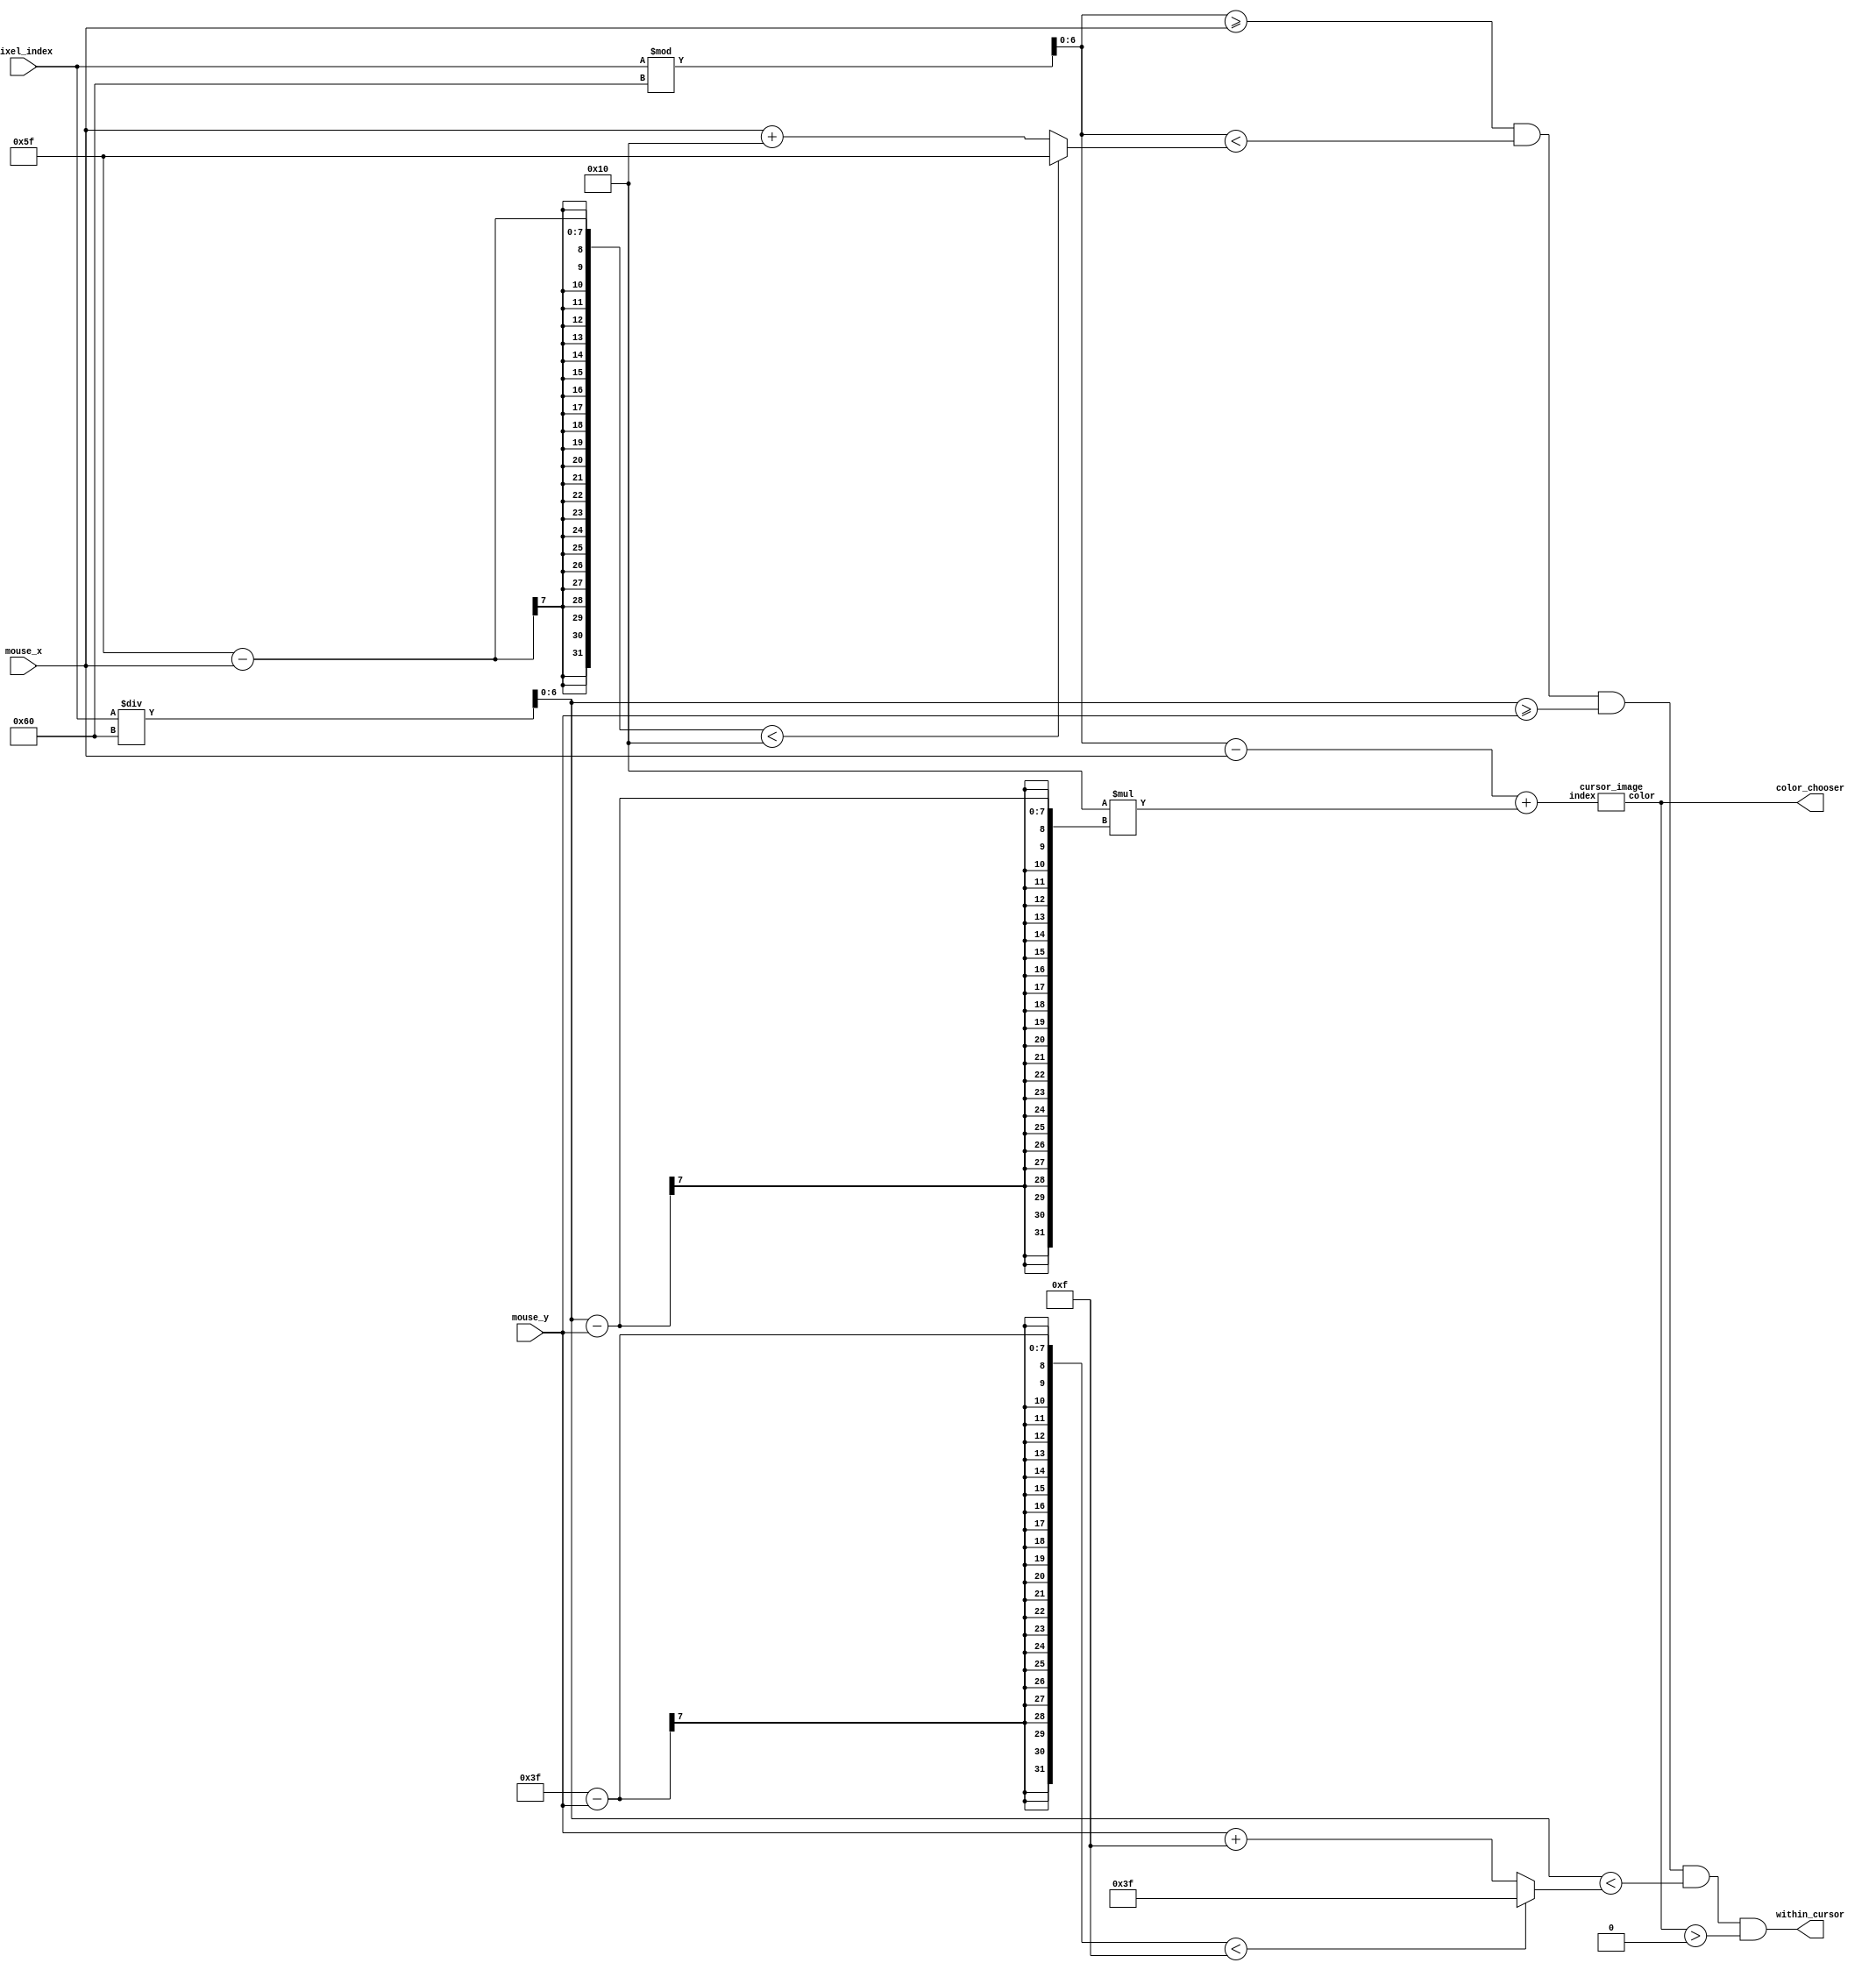
`timescale 1ns / 1ps
//////////////////////////////////////////////////////////////////////////////////
// Company: 
// Engineer: 
// 
// Design Name: 
// Module Name: cursor
// Project Name: 
// Target Devices: 
// Tool Versions: 
// Description: 
// 
// Dependencies: 
// 
// Revision:
// Revision 0.01 - File Created
// Additional Comments:
// 
//////////////////////////////////////////////////////////////////////////////////


module check_draw_cursor(
    input [6:0] mouse_x, mouse_y,
    input [12:0] pixel_index,
    output within_cursor,
    output [15:0] color_chooser
);
    
    wire [6:0] pixel_x, pixel_y;
    assign pixel_x = pixel_index % 96;
    assign pixel_y = pixel_index / 96;
    
    wire [6:0] max_x, max_y;
    assign max_x = (95 - mouse_x < 16) ? 95 : mouse_x + 16;
    assign max_y = (63 - mouse_y < 15) ? 63 : mouse_y + 15;
    
    wire [7:0] cursor_pixel_index;
    assign cursor_pixel_index = (pixel_x - mouse_x) + 16 * (pixel_y - mouse_y);
    cursor_image cur_img(.index(cursor_pixel_index), .color(color_chooser));
    
    assign within_cursor = pixel_x >= mouse_x && pixel_x < max_x && 
        pixel_y >= mouse_y && pixel_y < max_y && color_chooser > 0; 

endmodule

module cursor_image(
    input [7:0] index,
    output [15:0] color
);
    wire [15:0] cursor [239:0];
    assign color = index < 240 ? cursor[index] : 0;
    
    assign cursor[0] = 16'b00000_000000_00000;
    assign cursor[1] = 16'b00010_000100_00010;
    assign cursor[2] = 16'b00010_000100_00010;
    assign cursor[3] = 16'b00000_000000_00000;
    assign cursor[4] = 16'b00000_000000_00000;
    assign cursor[5] = 16'b00000_000000_00000;
    assign cursor[6] = 16'b00000_000000_00000;
    assign cursor[7] = 16'b00000_000000_00000;
    assign cursor[8] = 16'b00010_000100_00010;
    assign cursor[9] = 16'b00010_000100_00010;
    assign cursor[10] = 16'b00010_000100_00010;
    assign cursor[11] = 16'b00000_000000_00000;
    assign cursor[12] = 16'b00000_000000_00000;
    assign cursor[13] = 16'b00000_000000_00000;
    assign cursor[14] = 16'b00000_000000_00000;
    assign cursor[15] = 16'b00000_000000_00000;
    
    assign cursor[16] = 16'b00010_000100_00010;
    assign cursor[17] = 16'b11010_110100_11010;
    assign cursor[18] = 16'b11100_111000_11100;
    assign cursor[19] = 16'b00101_001001_00101;
    assign cursor[20] = 16'b00000_000000_00000;
    assign cursor[21] = 16'b00000_000000_00000;
    assign cursor[22] = 16'b00010_000100_00010;
    assign cursor[23] = 16'b00011_000110_00011;
    assign cursor[24] = 16'b10011_100110_10011;
    assign cursor[25] = 16'b11100_111000_11100;
    assign cursor[26] = 16'b11011_110110_11011;
    assign cursor[27] = 16'b00100_001000_00100;
    assign cursor[28] = 16'b00000_000000_00000;
    assign cursor[29] = 16'b00000_000000_00000;
    assign cursor[30] = 16'b00000_000000_00000;
    assign cursor[31] = 16'b00000_000000_00000;
    
    assign cursor[32] = 16'b00010_000100_00010;
    assign cursor[33] = 16'b11110_111011_11110;
    assign cursor[34] = 16'b11111_111111_11111;
    assign cursor[35] = 16'b11100_111000_11100;
    assign cursor[36] = 16'b00101_001001_00101;
    assign cursor[37] = 16'b00010_000100_00010;
    assign cursor[38] = 16'b10100_101000_10100;
    assign cursor[39] = 16'b11011_110110_11011;
    assign cursor[40] = 16'b01000_001111_01000;
    assign cursor[41] = 16'b11000_110000_11000;
    assign cursor[42] = 16'b11111_111111_11111;
    assign cursor[43] = 16'b11100_111000_11100;
    assign cursor[44] = 16'b00011_000101_00011;
    assign cursor[45] = 16'b00000_000000_00000;
    assign cursor[46] = 16'b00000_000000_00000;
    assign cursor[47] = 16'b00000_000000_00000;
    
    assign cursor[48] = 16'b00010_000011_00010;
    assign cursor[49] = 16'b10101_101010_10101;
    assign cursor[50] = 16'b11111_111111_11111;
    assign cursor[51] = 16'b11111_111111_11111;
    assign cursor[52] = 16'b11110_111011_11110;
    assign cursor[53] = 16'b11100_110111_11100;
    assign cursor[54] = 16'b01000_010000_01000;
    assign cursor[55] = 16'b11000_101111_11000;
    assign cursor[56] = 16'b11110_111011_11110;
    assign cursor[57] = 16'b11111_111101_11111;
    assign cursor[58] = 16'b11111_111110_11111;
    assign cursor[59] = 16'b11111_111110_11111;
    assign cursor[60] = 16'b00101_001001_00101;
    assign cursor[61] = 16'b00000_000000_00000;
    assign cursor[62] = 16'b00000_000000_00000;
    assign cursor[63] = 16'b00000_000000_00000;
    
    assign cursor[64] = 16'b00000_000000_00000;
    assign cursor[65] = 16'b00011_000110_00011;
    assign cursor[66] = 16'b10110_101100_10110;
    assign cursor[67] = 16'b11111_111111_11111;
    assign cursor[68] = 16'b11111_111111_11111;
    assign cursor[69] = 16'b11111_111111_11111;
    assign cursor[70] = 16'b11101_111010_11101;
    assign cursor[71] = 16'b11111_111101_11111;
    assign cursor[72] = 16'b11111_111111_11111;
    assign cursor[73] = 16'b11111_111110_11111;
    assign cursor[74] = 16'b10000_100000_10000;
    assign cursor[75] = 16'b11110_111011_11110;
    assign cursor[76] = 16'b11100_111000_11100;
    assign cursor[77] = 16'b00011_000101_00011;
    assign cursor[78] = 16'b00000_000000_00000;
    assign cursor[79] = 16'b00000_000000_00000;
    
    assign cursor[80] = 16'b00000_000000_00000;
    assign cursor[81] = 16'b00000_000000_00000;
    assign cursor[82] = 16'b00011_000110_00011;
    assign cursor[83] = 16'b10110_101011_10110;
    assign cursor[84] = 16'b11111_111111_11111;
    assign cursor[85] = 16'b11111_111111_11111;
    assign cursor[86] = 16'b11111_111111_11111;
    assign cursor[87] = 16'b11111_111110_11111;
    assign cursor[88] = 16'b10000_100000_10000;
    assign cursor[89] = 16'b11101_111010_11101;
    assign cursor[90] = 16'b11101_111010_11101;
    assign cursor[91] = 16'b10001_100001_10001;
    assign cursor[92] = 16'b11101_111010_11101;
    assign cursor[93] = 16'b00100_000111_00100;
    assign cursor[94] = 16'b00000_000000_00000;
    assign cursor[95] = 16'b00000_000000_00000;
    
    assign cursor[96] = 16'b00000_000000_00000;
    assign cursor[97] = 16'b00000_000000_00000;
    assign cursor[98] = 16'b00001_000001_00001;
    assign cursor[99] = 16'b00100_000111_00100;
    assign cursor[100] = 16'b10111_101101_10111;
    assign cursor[101] = 16'b11111_111111_11111;
    assign cursor[102] = 16'b11111_111111_11111;
    assign cursor[103] = 16'b11111_111111_11111;
    assign cursor[104] = 16'b11101_111010_11101;
    assign cursor[105] = 16'b10000_100000_10000;
    assign cursor[106] = 16'b11111_111101_11111;
    assign cursor[107] = 16'b11111_111101_11111;
    assign cursor[108] = 16'b11110_111100_11110;
    assign cursor[109] = 16'b00011_000101_00011;
    assign cursor[110] = 16'b00000_000000_00000;
    assign cursor[111] = 16'b00000_000000_00000;
    
    assign cursor[112] = 16'b00000_000000_00000;
    assign cursor[113] = 16'b00000_000000_00000;
    assign cursor[114] = 16'b00001_000010_00001;
    assign cursor[115] = 16'b01101_011010_01101;
    assign cursor[116] = 16'b10001_100010_10001;
    assign cursor[117] = 16'b11000_110000_11000;
    assign cursor[118] = 16'b11111_111111_11111;
    assign cursor[119] = 16'b11111_111111_11111;
    assign cursor[120] = 16'b11111_111111_11111;
    assign cursor[121] = 16'b11110_111100_11110;
    assign cursor[122] = 16'b11111_111111_11111;
    assign cursor[123] = 16'b11111_111111_11111;
    assign cursor[124] = 16'b11101_111001_11101;
    assign cursor[125] = 16'b00100_001000_00100;
    assign cursor[126] = 16'b00010_000100_00010;
    assign cursor[127] = 16'b00000_000000_00000;
    
    assign cursor[128] = 16'b00000_000000_00000;
    assign cursor[129] = 16'b00000_000000_00000;
    assign cursor[130] = 16'b00001_000010_00001;
    assign cursor[131] = 16'b01111_011101_01111;
    assign cursor[132] = 16'b10111_101110_10111;
    assign cursor[133] = 16'b11000_110000_11000;
    assign cursor[134] = 16'b11111_111111_11111;
    assign cursor[135] = 16'b11111_111111_11111;
    assign cursor[136] = 16'b11111_111111_11111;
    assign cursor[137] = 16'b11111_111111_11111;
    assign cursor[138] = 16'b11111_111111_11111;
    assign cursor[139] = 16'b11110_111100_11110;
    assign cursor[140] = 16'b01000_010000_01000;
    assign cursor[141] = 16'b11100_111000_11100;
    assign cursor[142] = 16'b11100_111000_11100;
    assign cursor[143] = 16'b00011_000101_00011;
    
    assign cursor[144] = 16'b00000_000000_00000;
    assign cursor[145] = 16'b00000_000000_00000;
    assign cursor[146] = 16'b00000_000000_00000;
    assign cursor[147] = 16'b00011_000101_00011;
    assign cursor[148] = 16'b10101_101010_10101;
    assign cursor[149] = 16'b11001_110010_11001;
    assign cursor[150] = 16'b11111_111111_11111;
    assign cursor[151] = 16'b11111_111111_11111;
    assign cursor[152] = 16'b11111_111111_11111;
    assign cursor[153] = 16'b11111_111111_11111;
    assign cursor[154] = 16'b11110_111100_11110;
    assign cursor[155] = 16'b11111_111111_11111;
    assign cursor[156] = 16'b11110_111011_11110;
    assign cursor[157] = 16'b11111_111111_11111;
    assign cursor[158] = 16'b11101_111001_11101;
    assign cursor[159] = 16'b00011_000101_00011;
    
    assign cursor[160] = 16'b00000_000000_00000;
    assign cursor[161] = 16'b00000_000000_00000;
    assign cursor[162] = 16'b00000_000000_00000;
    assign cursor[163] = 16'b00000_000000_00000;
    assign cursor[164] = 16'b00100_000111_00100;
    assign cursor[165] = 16'b10101_101001_10101;
    assign cursor[166] = 16'b11000_101111_11000;
    assign cursor[167] = 16'b10111_101110_10111;
    assign cursor[168] = 16'b11000_101111_11000;
    assign cursor[169] = 16'b10101_101010_10101;
    assign cursor[170] = 16'b01000_001111_01000;
    assign cursor[171] = 16'b11110_111011_11110;
    assign cursor[172] = 16'b11111_111111_11111;
    assign cursor[173] = 16'b10110_101100_10110;
    assign cursor[174] = 16'b00100_001000_00100;
    assign cursor[175] = 16'b00000_000000_00000;
    
    assign cursor[176] = 16'b00000_000000_00000;
    assign cursor[177] = 16'b00000_000000_00000;
    assign cursor[178] = 16'b00000_000000_00000;
    assign cursor[179] = 16'b00000_000000_00000;
    assign cursor[180] = 16'b00000_000000_00000;
    assign cursor[181] = 16'b00010_000100_00010;
    assign cursor[182] = 16'b00010_000100_00010;
    assign cursor[183] = 16'b00010_000100_00010;
    assign cursor[184] = 16'b00010_000100_00010;
    assign cursor[185] = 16'b00100_000111_00100;
    assign cursor[186] = 16'b10101_101010_10101;
    assign cursor[187] = 16'b11111_111111_11111;
    assign cursor[188] = 16'b10110_101100_10110;
    assign cursor[189] = 16'b00100_000111_00100;
    assign cursor[190] = 16'b00000_000000_00000;
    assign cursor[191] = 16'b00000_000000_00000;
    
    assign cursor[192] = 16'b00000_000000_00000;
    assign cursor[193] = 16'b00000_000000_00000;
    assign cursor[194] = 16'b00000_000000_00000;
    assign cursor[195] = 16'b00000_000000_00000;
    assign cursor[196] = 16'b00000_000000_00000;
    assign cursor[197] = 16'b00000_000000_00000;
    assign cursor[198] = 16'b00000_000000_00000;
    assign cursor[199] = 16'b00000_000000_00000;
    assign cursor[200] = 16'b00001_000001_00001;
    assign cursor[201] = 16'b01110_011011_01110;
    assign cursor[202] = 16'b11000_110000_11000;
    assign cursor[203] = 16'b10110_101100_10110;
    assign cursor[204] = 16'b00100_000111_00100;
    assign cursor[205] = 16'b00000_000000_00000;
    assign cursor[206] = 16'b00000_000000_00000;
    assign cursor[207] = 16'b00000_000000_00000;
    
    assign cursor[208] = 16'b00000_000000_00000;
    assign cursor[209] = 16'b00000_000000_00000;
    assign cursor[210] = 16'b00000_000000_00000;
    assign cursor[211] = 16'b00000_000000_00000;
    assign cursor[212] = 16'b00000_000000_00000;
    assign cursor[213] = 16'b00000_000000_00000;
    assign cursor[214] = 16'b00000_000000_00000;
    assign cursor[215] = 16'b00000_000000_00000;
    assign cursor[216] = 16'b00010_000011_00010;
    assign cursor[217] = 16'b01110_011011_01110;
    assign cursor[218] = 16'b01111_011101_01111;
    assign cursor[219] = 16'b00011_000110_00011;
    assign cursor[220] = 16'b00000_000000_00000;
    assign cursor[221] = 16'b00000_000000_00000;
    assign cursor[222] = 16'b00000_000000_00000;
    assign cursor[223] = 16'b00000_000000_00000;
    
    assign cursor[224] = 16'b00000_000000_00000;
    assign cursor[225] = 16'b00000_000000_00000;
    assign cursor[226] = 16'b00000_000000_00000;
    assign cursor[227] = 16'b00000_000000_00000;
    assign cursor[228] = 16'b00000_000000_00000;
    assign cursor[229] = 16'b00000_000000_00000;
    assign cursor[230] = 16'b00000_000000_00000;
    assign cursor[231] = 16'b00000_000000_00000;
    assign cursor[232] = 16'b00000_000000_00000;
    assign cursor[233] = 16'b00010_000011_00010;
    assign cursor[234] = 16'b00001_000010_00001;
    assign cursor[235] = 16'b00000_000000_00000;
    assign cursor[236] = 16'b00000_000000_00000;
    assign cursor[237] = 16'b00000_000000_00000;
    assign cursor[238] = 16'b00000_000000_00000;
    assign cursor[239] = 16'b00000_000000_00000;
    
endmodule